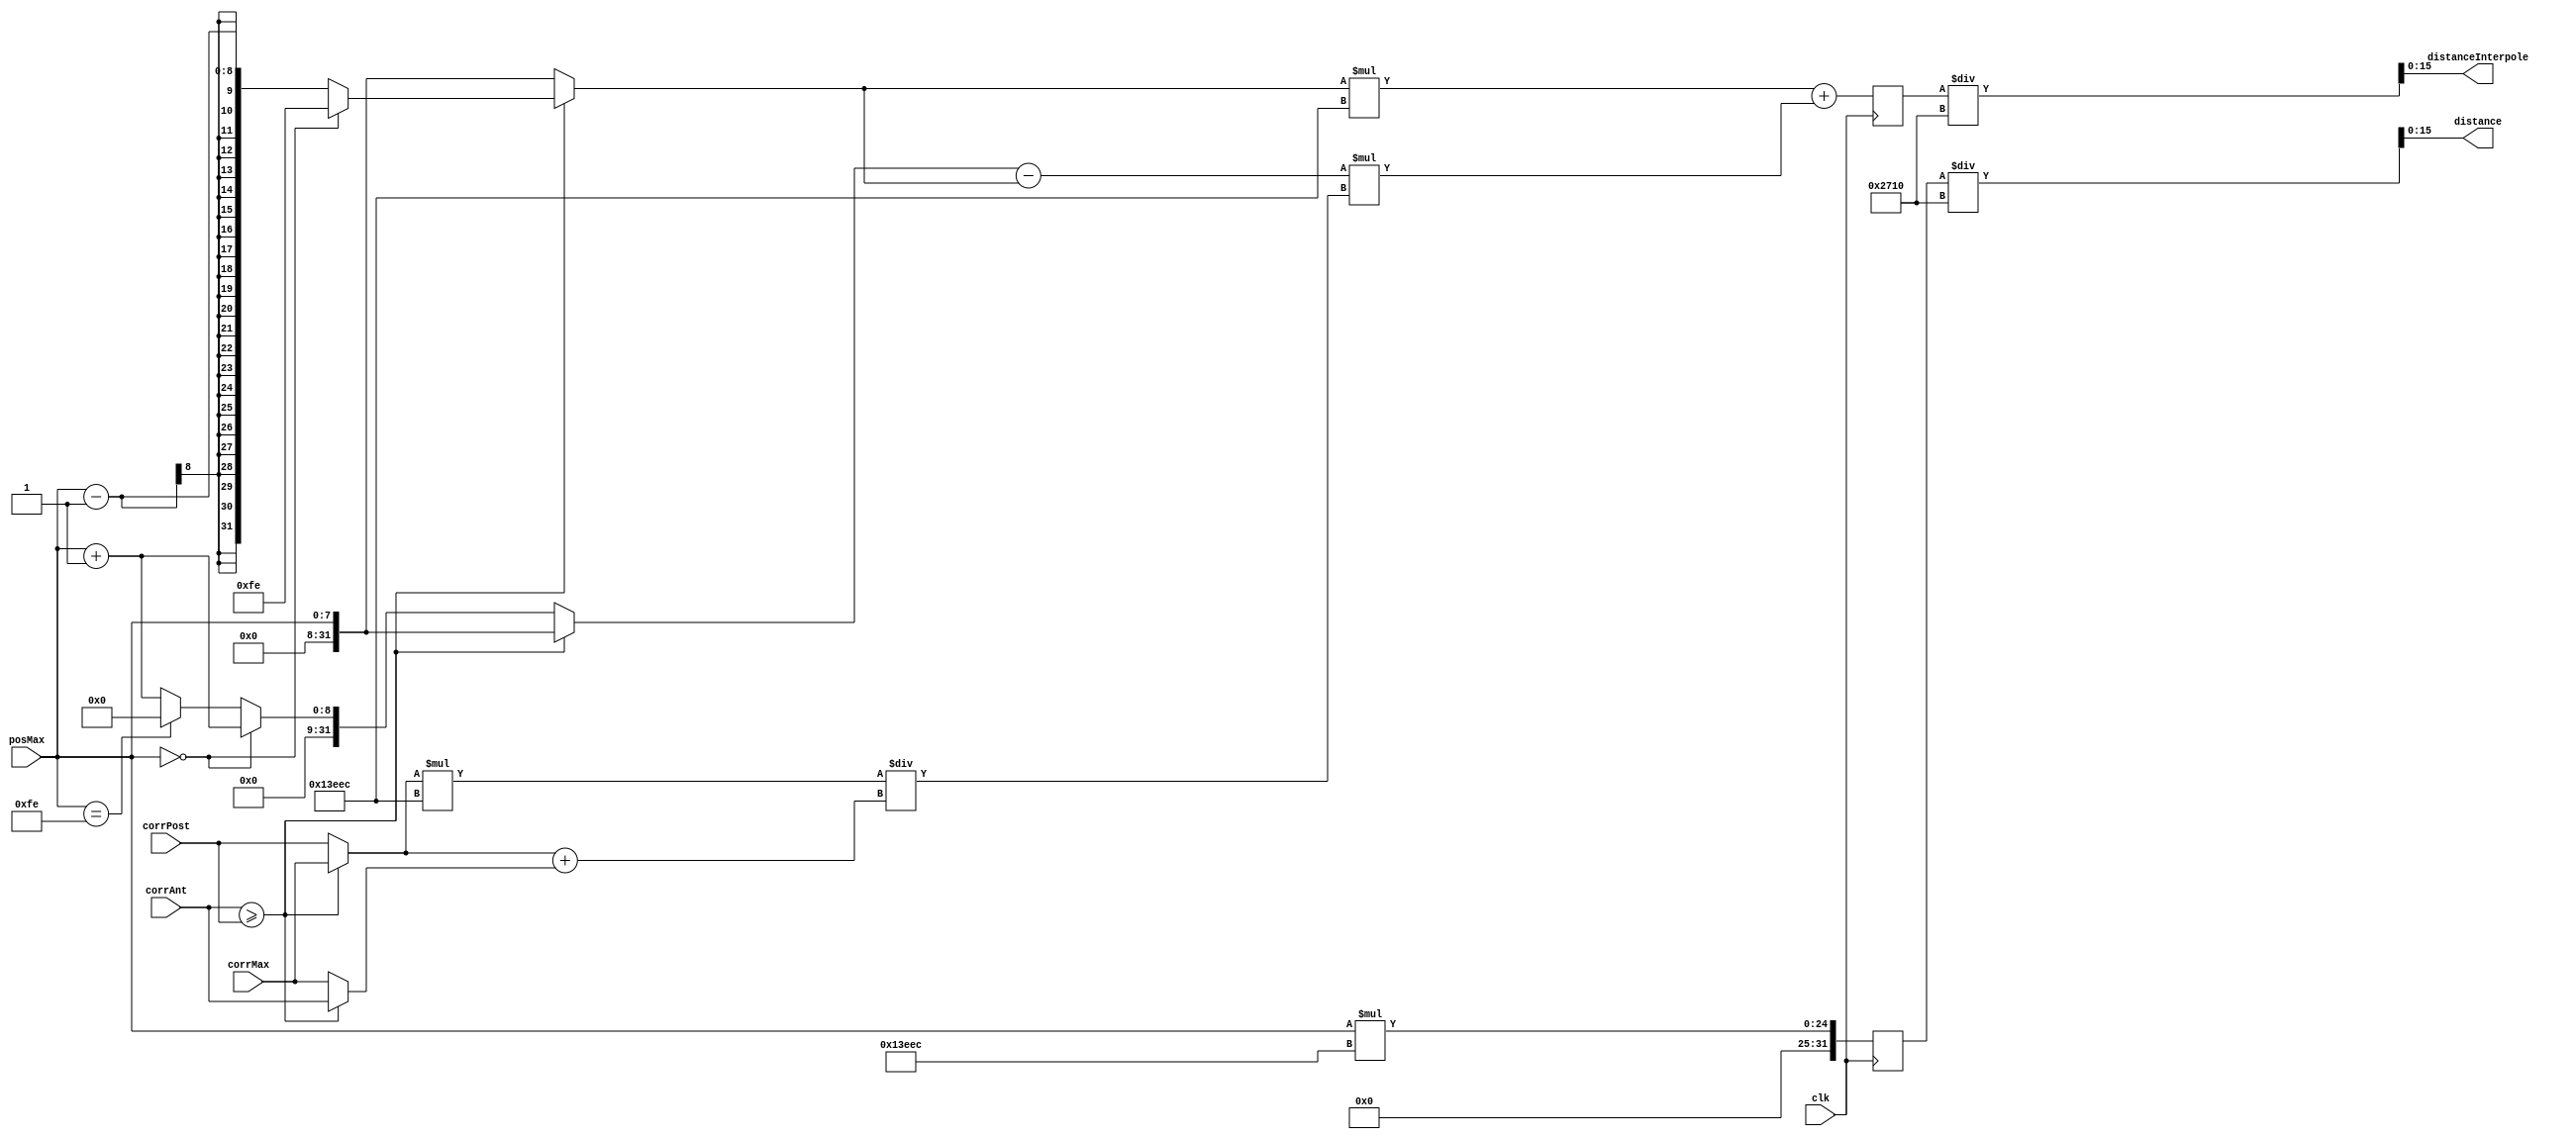
`timescale 1ns / 1ps
//////////////////////////////////////////////////////////////////////////////////
// Company: ALTER/UPM

//This program converts from shifts to distance in two different methods
//  1. Raw method: the shift is the distance
//  2. Interpolation: to obtain a more accurate measure
//////////////////////////////////////////////////////////////////////////////////


module shiftDistanceConverter(
    input clk,
    //used for normal distance
    input[7:0] posMax,
    //used for interpolation
    input[31:0] corrMax,
    input[31:0] corrAnt,
    input[31:0] corrPost,
    
    output[15:0] distance,
    output[15:0] distanceInterpole
    
    );
    
    // This is (c/n)*tsampling. This multiplies the number of shifts. The real value
    // is 8.1687. The result should be divided by 10000, so that it is more accurate
    localparam factor = 81644;
    localparam[15:0] MEMLENGTH = 255;
    
    //Used for interpolation. Same as Matlab function
    /*
        #1. It figures out the position ant and post
        #2. Decides which is the appropriate point for interpolation
        #3. Then it interpoles. For interpolation, it is multiplied
            first the delay in chips *10 so then it is devided by 
            100000
    */
    integer posAnt, posPost;
    integer x1, x2;
    integer corr1, corr2;
    reg[31:0] disInterpoled;
    
    reg[31:0] disScalated;
    
    assign distance = disScalated / (10000);
    //One 
    assign distanceInterpole = disInterpoled / (10000);
    
    always@(posedge clk) begin    
        //Calculate normal distance
        disScalated = posMax * factor;
        
        //Calculate distance with interpolation
        //#1
        if(posMax == 0)begin
            posAnt = MEMLENGTH - 1;
            posPost = posMax + 1;
        end else if(posMax == MEMLENGTH - 1) begin
            posAnt = posMax-1;
            posPost = 0;
        end else begin
            posAnt = posMax-1;
            posPost = posMax + 1;
        end
        
        //#2
        if(corrAnt >=corrPost) begin
            corr2 = corrMax;
            corr1 = corrAnt;
            x2 = posMax;
            x1 = posAnt;
        end else begin
            corr2 = corrPost;
            corr1 = corrMax;
            x2 = posPost;
            x1 = posMax;
        end
        
        //#3
        //It is multiplied times factor in the order showed so that the divisions
        //are the most accurate posible.
        disInterpoled = (x1*factor + (x2-x1)*(corr2*factor/(corr2 + corr1)));
        
            
    end
            
endmodule